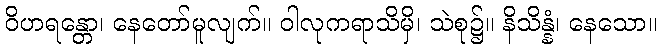
ဝိဟရန္တော၊ နေတော်မူလျက်။ ဝါလုကရာသိမှိ၊ သဲစု၌။ နိသိန္နံ၊ နေသော။